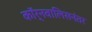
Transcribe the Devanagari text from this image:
कॉर्नवालिसनंतर